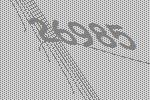
26985